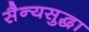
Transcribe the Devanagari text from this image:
सैन्यसुद्धा